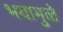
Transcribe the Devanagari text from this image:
भयामुळे